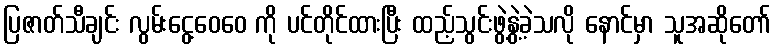
ပြဇာတ်သီချင်း လွမ်းငွေ့ဝေဝေ ကို ပင်တိုင်ထားပြီး ထည့်သွင်းဖွဲ့နွဲ့ခဲ့သလို နောင်မှာ သူအဆိုတော်